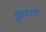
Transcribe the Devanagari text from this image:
कूभम